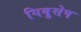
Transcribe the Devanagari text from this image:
गियुसेप